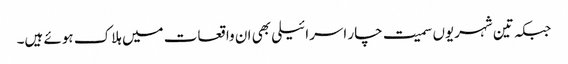
جبکہ تین شہریوں سمیت چار اسرائیلی بھی ان واقعات میں ہلاک ہوئے ہیں۔